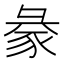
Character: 𧱈